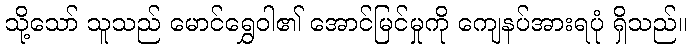
သို့သော် သူသည် မောင်ရွှေဝါ၏ အောင်မြင်မှုကို ကျေနပ်အားရပုံ ရှိသည်။